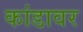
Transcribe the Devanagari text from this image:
कांडावर